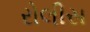
રોલીસ